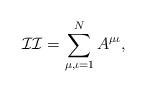
LaTeX: \begin{align*} \mathcal{II}=\sum_{\substack{\mu, \iota=1}}^N A^{\mu\iota},&\end{align*}